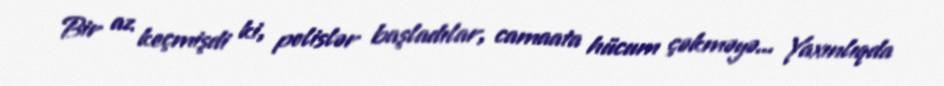
Bir az keçmişdi ki, polislər başladılar, camaata hücum çəkməyə... Yaxınlıqda